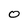
Character: O